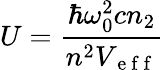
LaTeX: U=\frac{\hbar\omega_{0}^{2}cn_{2}}{n^{2}V_{\mathrm{~e~f~f~}}}